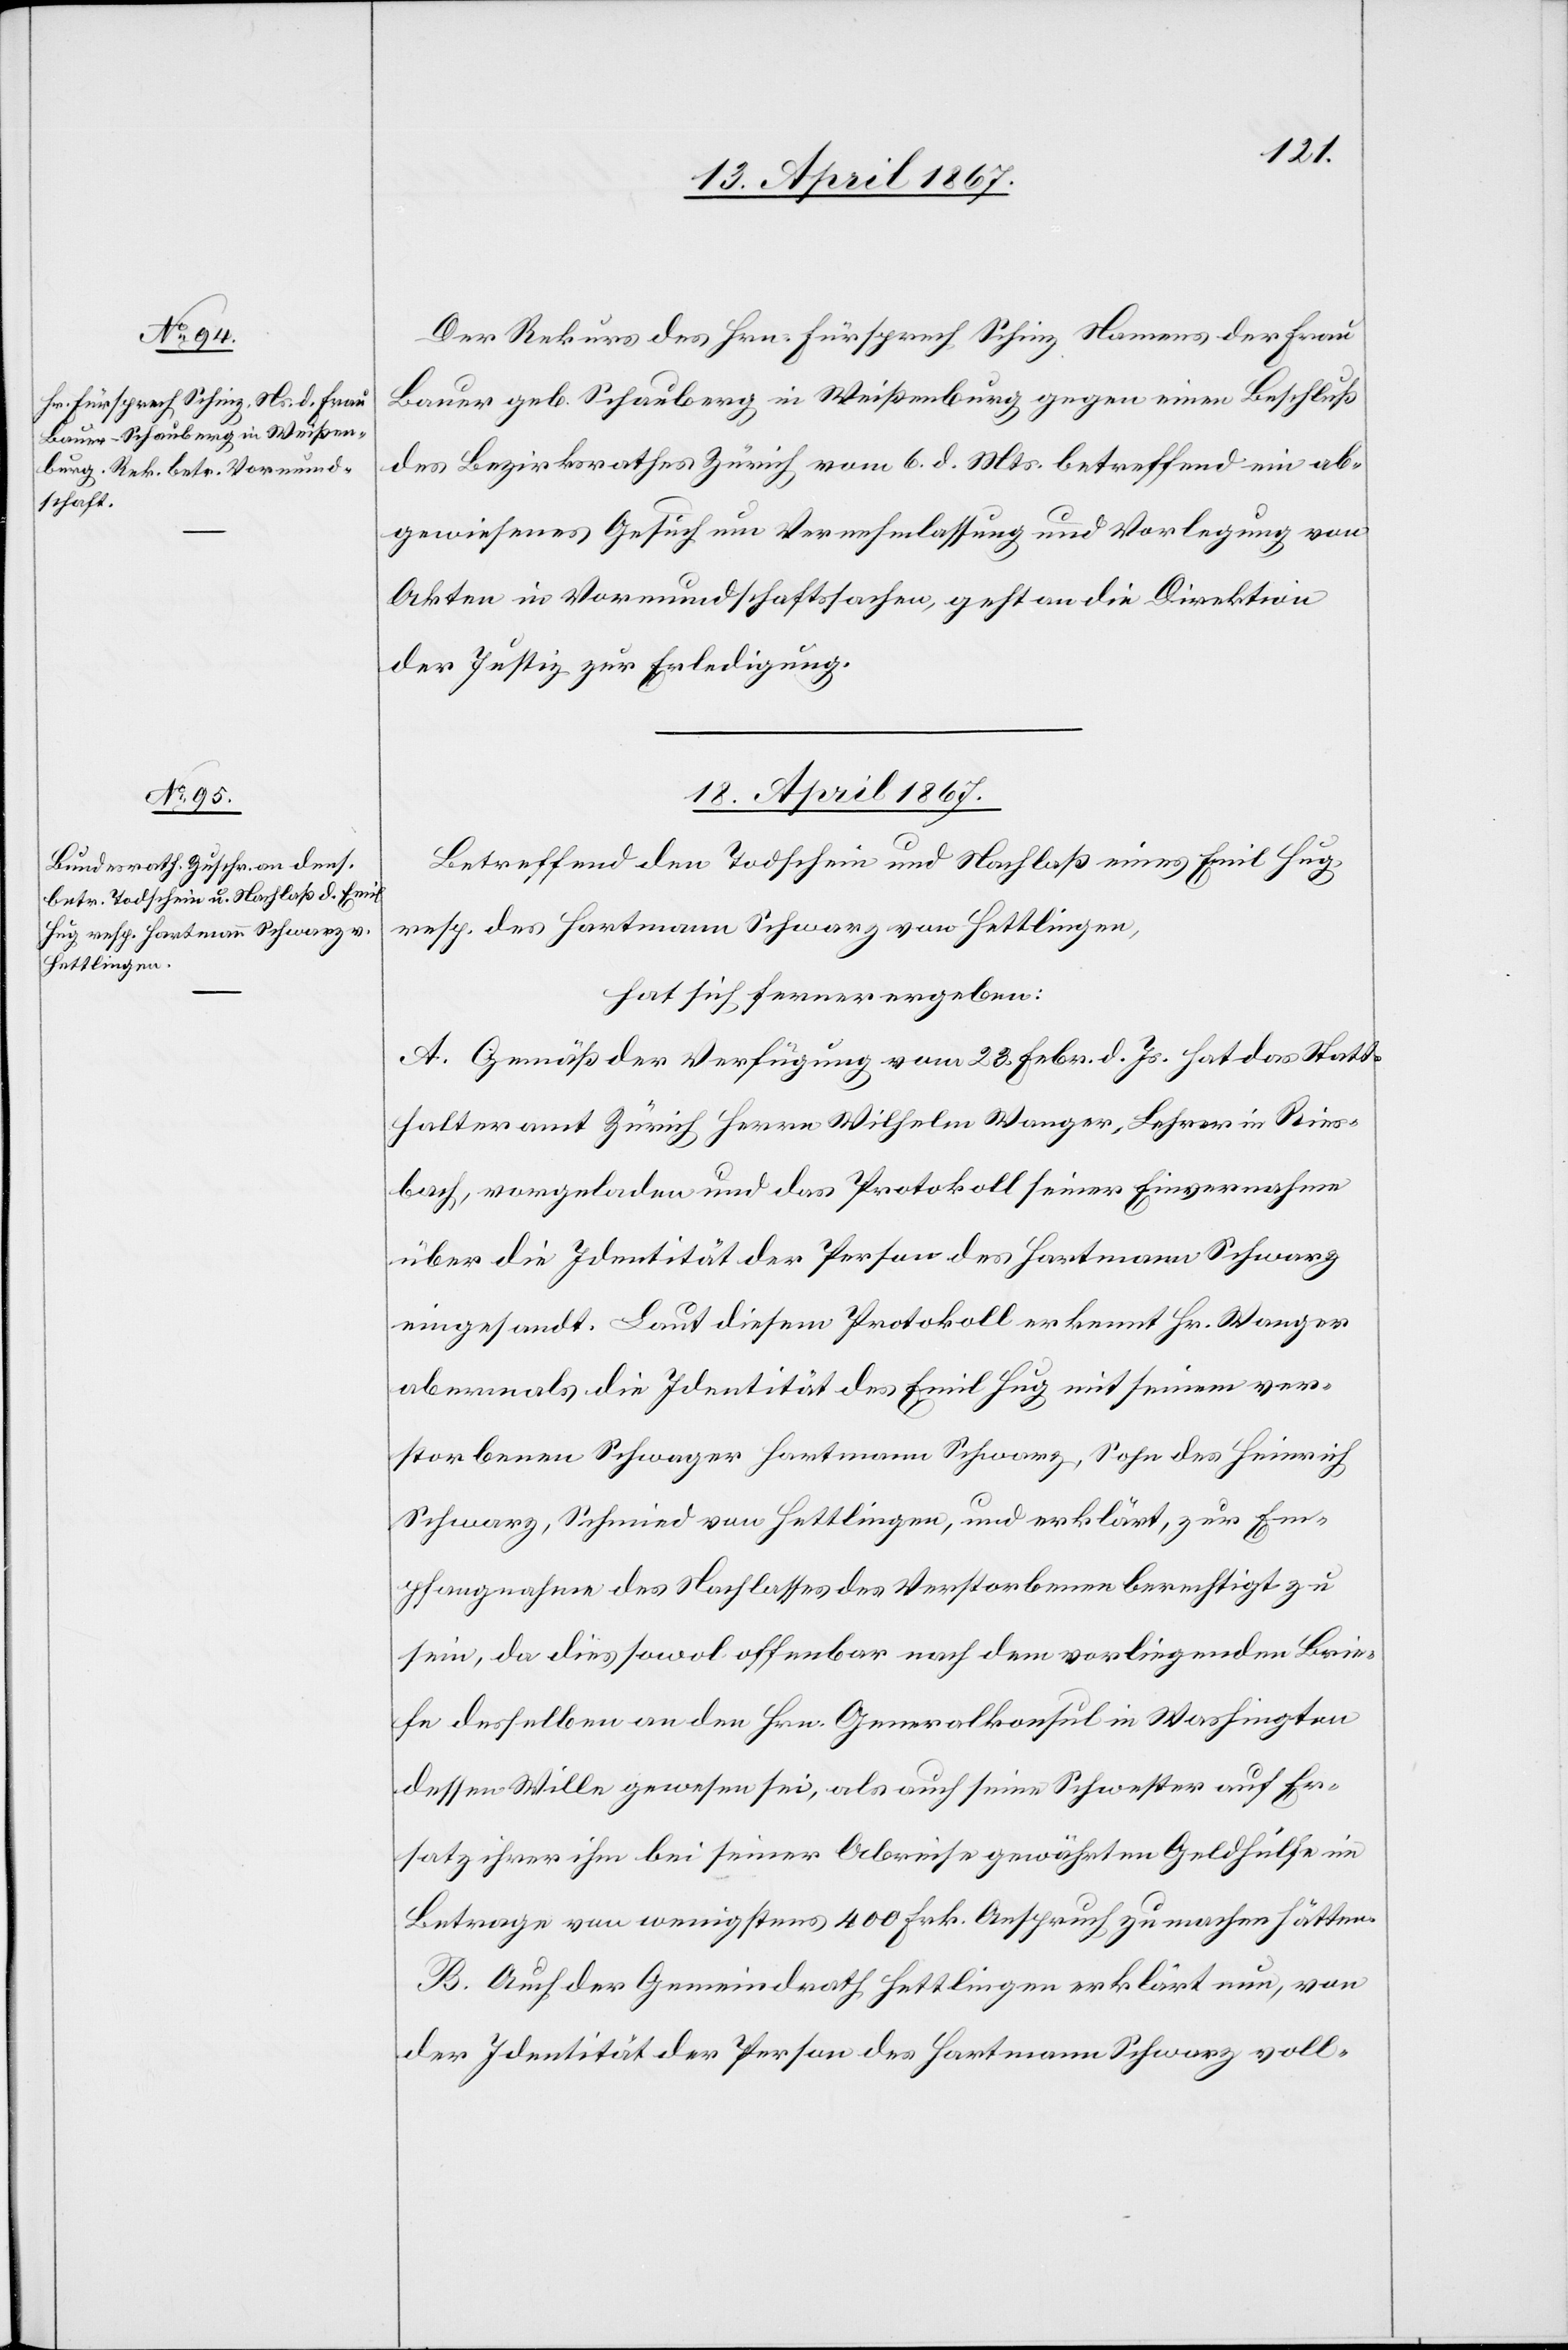
Der Rekurs des Hrn. Fürsprech Schinz Namens der Frau
Bauer geb. Schueberg in Weißenburg gegen einen Beschluß
des Bezirksrathes Zürich, vom 6. d. Mts. betreffend ein ab¬
gewiesenes Gesuch um Vernehmlassung und Vorlegung von
Akten in Vormundschaftssachen, geht an die Direktion
der Justiz zur Erledigung.
18. April 1867.
Betreffend den Todschein und Nachlaß eines Emil Hug
resp. des Hartmann Schwarz von Hettlingen,
A. Gemäß der Verfügung vom 28. Febr. d. Js. hat das Statt¬
halteramt Zürich Herrn Wilhelm Wanger, Lehrer in Ries¬
bach, vorgeladen und das Protokoll seiner Einvernahme
über die Identität der Person des Hartmann Schwarz
eingesandt. Laut diesem Protokoll erkennt Hr. Wanger
abermals die Identität des Emil Hug mit seinem ver¬
storbenen Schwager Hartmann Schwarz, Sohn des Heinrich
Schwarz, Schmied von Hettlingen, und erklärt, zur Em¬
pfangnahme des Nachlasses des Verstorbenen berechtigt zu
sein, da dies sowol offenbar nach dem vorliegenden Brie¬
fe desselben an den Hrn. Generalkonsul in Washington
dessen Wille gewesen sei, als auch seine Schwester auf Er¬
satz ihrer ihm bei seiner Abreise gewährten Geldhülfe im
Betrage von wenigstens 400 Frk. Anspruch zu machen hätten.
B. Auch der Gemeindrath Hettlingen erklärt nun, von
der Identität der Person des Hartmann Schwarz voll-